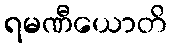
ရမဏီယောတိ